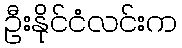
ဦးနိုင်ငံလင်းက